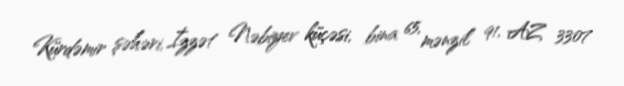
Kürdəmir şəhəri, İzzət Nəbiyev küçəsi, bina 65, mənzil 91, AZ 3307